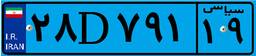
۲۸D۷۹۱۱۹